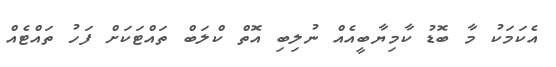
އެކަމަކު މާ ބޮޑު ކާމިޔާބީއެއް ނުލިބި އޮތް ކްލަބް ތައްޓަކަށް ފަހު ތައްޓެއް